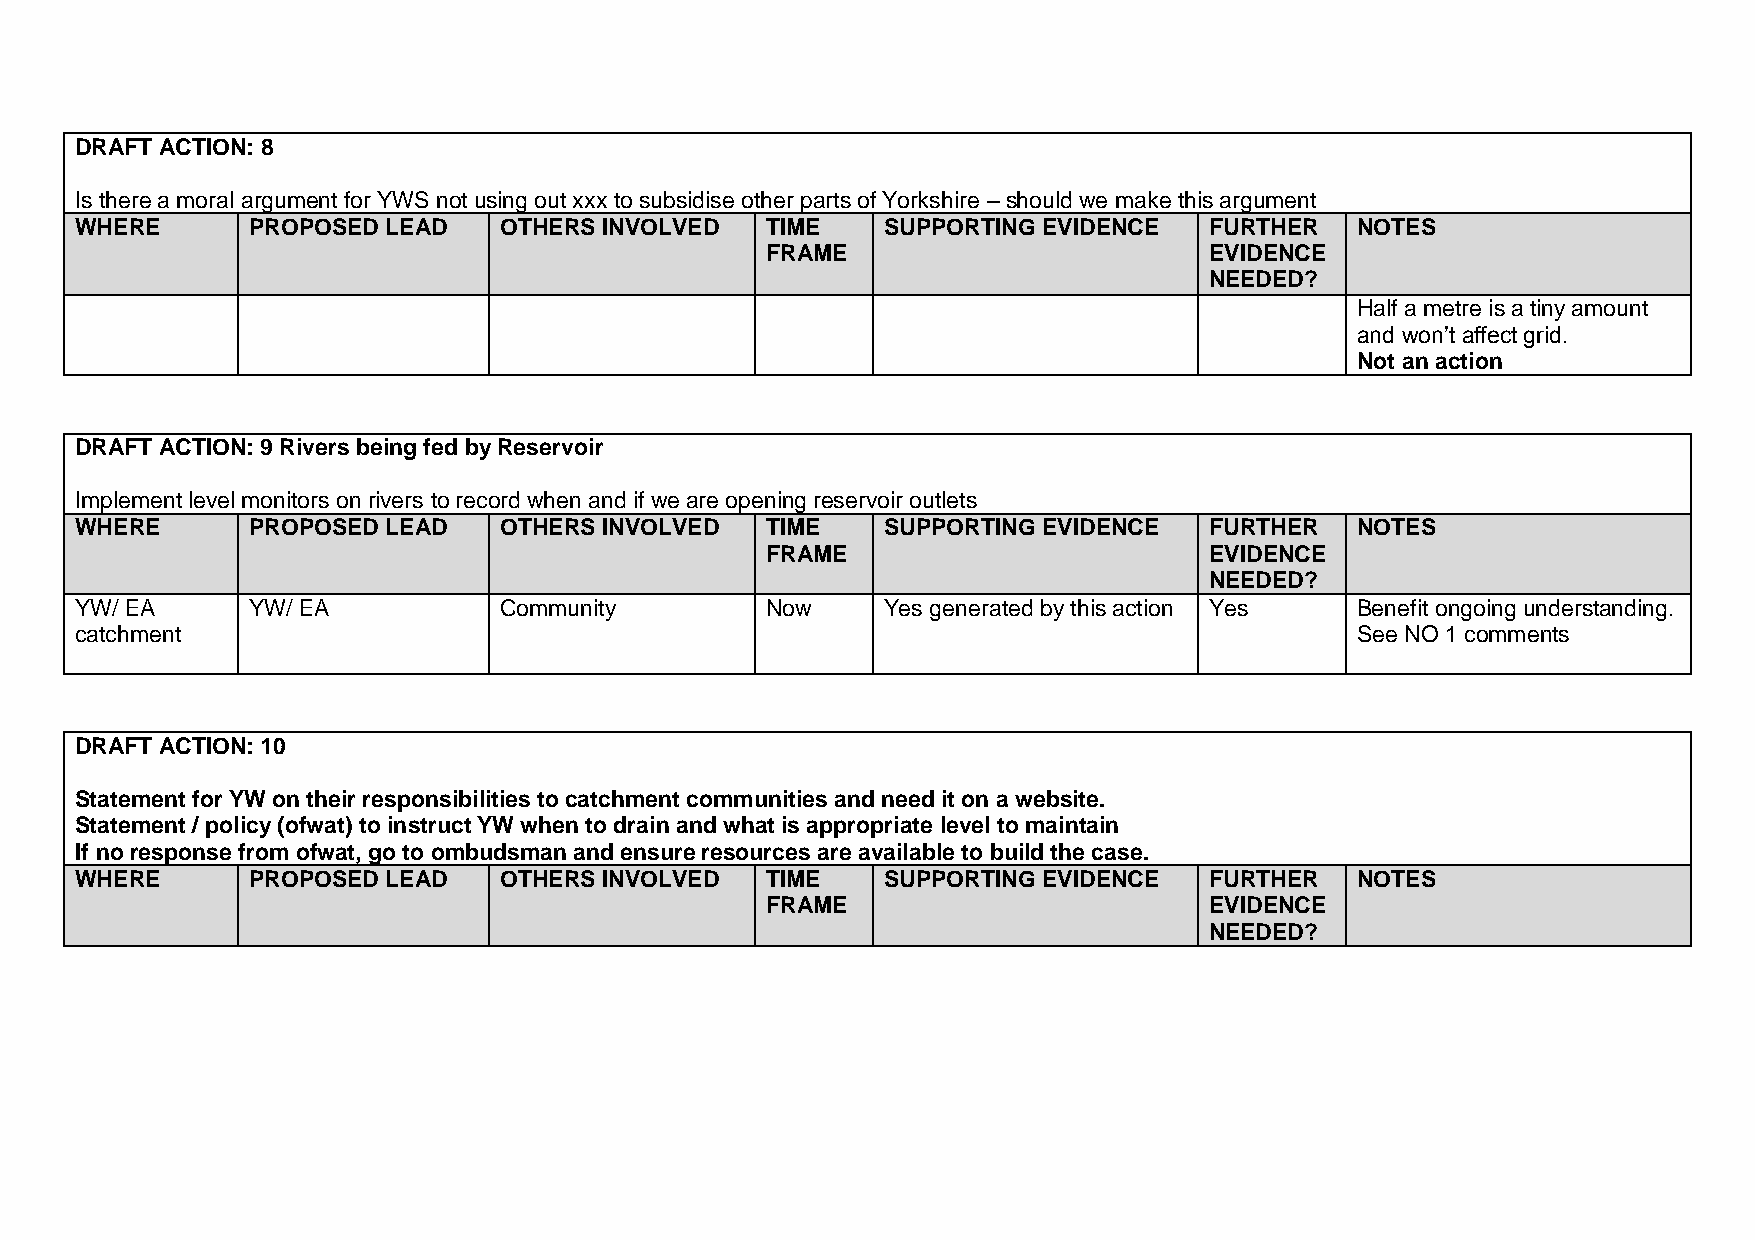
DRAFT ACTION: 8
 Is there a moral argument for YWS not using out xxx to subsidise other parts of Yorkshire – should we make this argument
 WHERE      PROPOSED  LEAD   OTHERS INVOLVED   TIME    SUPPORTING EVIDENCE  FURTHER   NOTES
 FRAME                        EVIDENCE
 NEEDED?
 Half a metre is a tiny amount
 and won’t affect grid.
 Not an action
 DRAFT ACTION: 9 Rivers being fed by Reservoir
 Implement level monitors on rivers to record when and if we are opening reservoir outlets
 WHERE      PROPOSED  LEAD   OTHERS INVOLVED   TIME    SUPPORTING EVIDENCE  FURTHER   NOTES
 FRAME                        EVIDENCE
 NEEDED?
 YW/ EA     YW/ EA           Community         Now     Yes generated by this action Yes Benefit ongoing understanding.
 catchment                                                                            See NO 1 comments
 DRAFT ACTION: 10
 Statement for YW on their responsibilities to catchment communities and need it on a website.
 Statement / policy (ofwat) to instruct YW when to drain and what is appropriate level to maintain
 If no response from ofwat, go to ombudsman and ensure resources are available to build the case.
 WHERE      PROPOSED  LEAD   OTHERS INVOLVED   TIME    SUPPORTING EVIDENCE  FURTHER   NOTES
 FRAME                        EVIDENCE
 NEEDED?